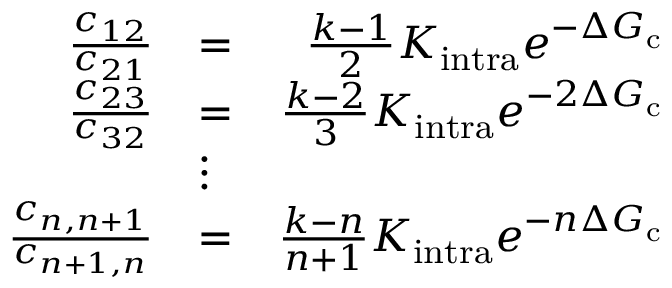
\begin{array} { r l r } { \frac { c _ { 1 2 } } { c _ { 2 1 } } } & { = } & { \frac { k - 1 } { 2 } K _ { \mathrm { i n t r a } } e ^ { - \Delta G _ { \mathrm { c } } } } \\ { \frac { c _ { 2 3 } } { c _ { 3 2 } } } & { = } & { \frac { k - 2 } { 3 } K _ { \mathrm { i n t r a } } e ^ { - 2 \Delta G _ { \mathrm { c } } } } \\ & { \vdots } & \\ { \frac { c _ { n , n + 1 } } { c _ { n + 1 , n } } } & { = } & { \frac { k - n } { n + 1 } K _ { \mathrm { i n t r a } } e ^ { - n \Delta G _ { \mathrm { c } } } } \end{array}